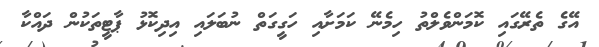
އޭގެ ތެރޭގައި ކޮމަންވެލްތު ހިމެނޭ ކަމަށާއި ހަގީގަތް ނުބަލައި އިދިކޮޅު ޕާޓީތަކުން ދައްކާ